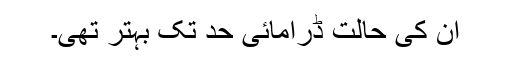
ان کی حالت ڈرامائی حد تک بہتر تھی۔